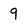
Character: 9